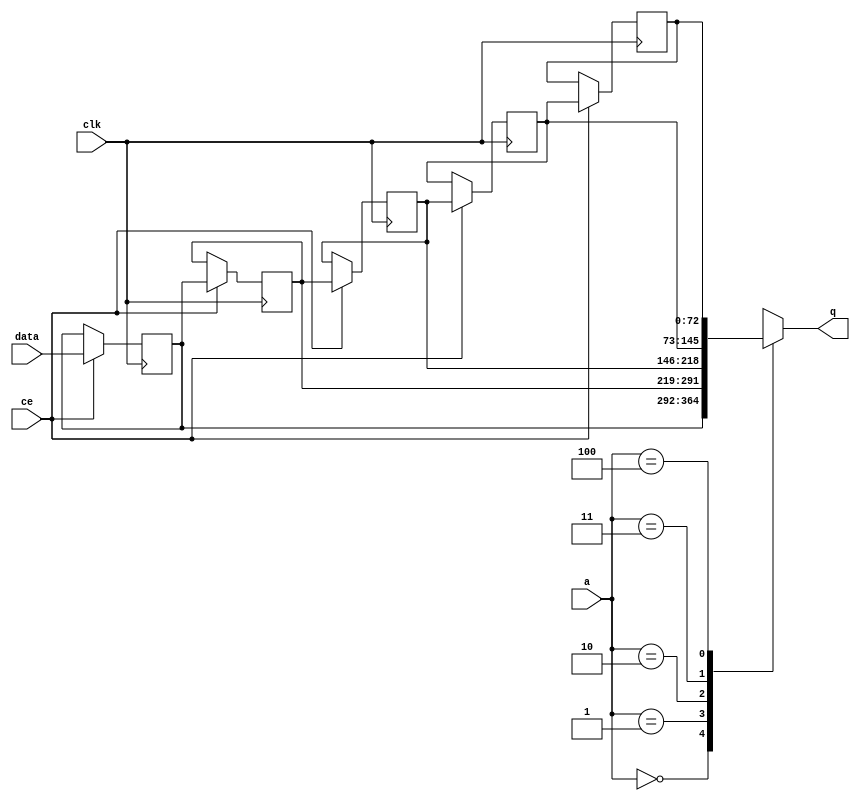
// ==============================================================
// File generated by Vivado(TM) HLS - High-Level Synthesis from C, C++ and SystemC
// Version: 2015.1
// Copyright (C) 2015 Xilinx Inc. All rights reserved.
// 
// ==============================================================


`timescale 1 ns / 1 ps

module FIFO_ip_handler_ipDataCutFifo_V_shiftReg (
    clk,
    data,
    ce,
    a,
    q);

parameter DATA_WIDTH = 32'd73;
parameter ADDR_WIDTH = 32'd3;
parameter DEPTH = 32'd5;

input clk;
input [DATA_WIDTH-1:0] data;
input ce;
input [ADDR_WIDTH-1:0] a;
output [DATA_WIDTH-1:0] q;

reg[DATA_WIDTH-1:0] SRL_SIG [0:DEPTH-1];
integer i;

always @ (posedge clk)
    begin
        if (ce)
        begin
            for (i=0;i<DEPTH-1;i=i+1)
                SRL_SIG[i+1] <= SRL_SIG[i];
            SRL_SIG[0] <= data;
        end
    end

assign q = SRL_SIG[a];

endmodule

module FIFO_ip_handler_ipDataCutFifo_V (
    clk,
    reset,
    if_empty_n,
    if_read_ce,
    if_read,
    if_dout,
    if_full_n,
    if_write_ce,
    if_write,
    if_din);

parameter MEM_STYLE = "shiftreg";
parameter DATA_WIDTH = 32'd73;
parameter ADDR_WIDTH = 32'd3;
parameter DEPTH = 32'd5;

input clk;
input reset;
output if_empty_n;
input if_read_ce;
input if_read;
output[DATA_WIDTH - 1:0] if_dout;
output if_full_n;
input if_write_ce;
input if_write;
input[DATA_WIDTH - 1:0] if_din;

wire[ADDR_WIDTH - 1:0] shiftReg_addr ;
wire[DATA_WIDTH - 1:0] shiftReg_data, shiftReg_q;
reg[ADDR_WIDTH:0] mOutPtr = {(ADDR_WIDTH+1){1'b1}};
reg internal_empty_n = 0, internal_full_n = 1;

assign if_empty_n = internal_empty_n;
assign if_full_n = internal_full_n;
assign shiftReg_data = if_din;
assign if_dout = shiftReg_q;

always @ (posedge clk) begin
    if (reset == 1'b1)
    begin
        mOutPtr <= ~{ADDR_WIDTH+1{1'b0}};
        internal_empty_n <= 1'b0;
        internal_full_n <= 1'b1;
    end
    else begin
        if (((if_read & if_read_ce) == 1 & internal_empty_n == 1) && 
            ((if_write & if_write_ce) == 0 | internal_full_n == 0))
        begin
            mOutPtr <= mOutPtr -1;
            if (mOutPtr == 0)
                internal_empty_n <= 1'b0;
            internal_full_n <= 1'b1;
        end 
        else if (((if_read & if_read_ce) == 0 | internal_empty_n == 0) && 
            ((if_write & if_write_ce) == 1 & internal_full_n == 1))
        begin
            mOutPtr <= mOutPtr +1;
            internal_empty_n <= 1'b1;
            if (mOutPtr == DEPTH-2)
                internal_full_n <= 1'b0;
        end 
    end
end

assign shiftReg_addr = mOutPtr[ADDR_WIDTH] == 1'b0 ? mOutPtr[ADDR_WIDTH-1:0]:{ADDR_WIDTH{1'b0}};
assign shiftReg_ce = (if_write & if_write_ce) & internal_full_n;

FIFO_ip_handler_ipDataCutFifo_V_shiftReg 
#(
    .DATA_WIDTH(DATA_WIDTH),
    .ADDR_WIDTH(ADDR_WIDTH),
    .DEPTH(DEPTH))
U_FIFO_ip_handler_ipDataCutFifo_V_ram (
    .clk(clk),
    .data(shiftReg_data),
    .ce(shiftReg_ce),
    .a(shiftReg_addr),
    .q(shiftReg_q));

endmodule